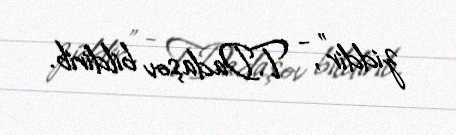
ziddir", - T.Dadaşov bildirib.